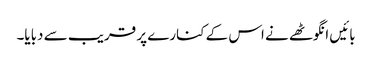
بائیں انگوٹھے نے اس کے کنارے پر قریب سے دبایا۔